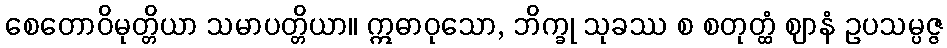
စေတောဝိမုတ္တိယာ သမာပတ္တိယာ။ ဣဓာဝုသော, ဘိက္ခု သုခဿ စ စတုတ္ထံ ဈာနံ ဥပသမ္ပဇ္ဇ